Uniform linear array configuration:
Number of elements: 24
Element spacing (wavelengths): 0.5
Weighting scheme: binomial
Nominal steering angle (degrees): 45
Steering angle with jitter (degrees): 43.447
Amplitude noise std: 0.05
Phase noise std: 0.05

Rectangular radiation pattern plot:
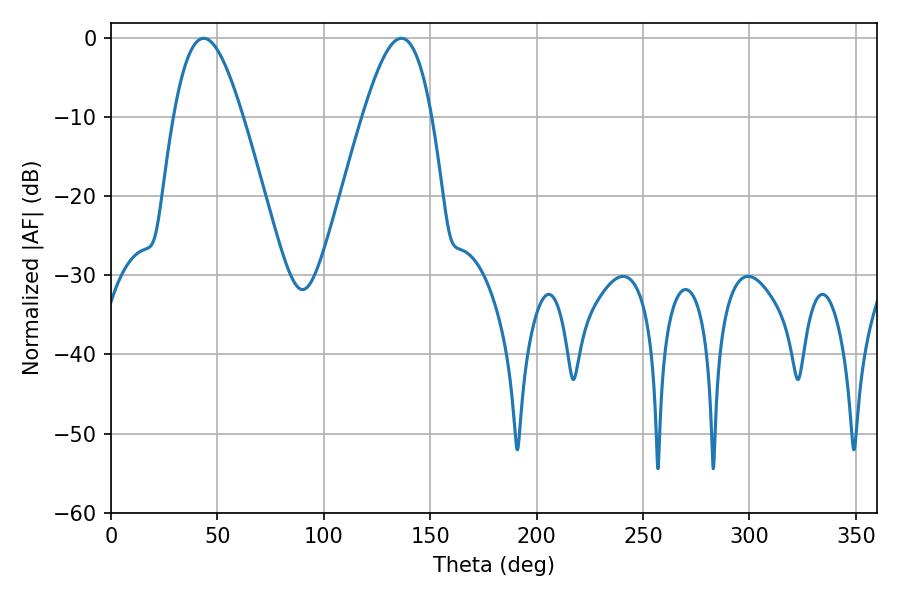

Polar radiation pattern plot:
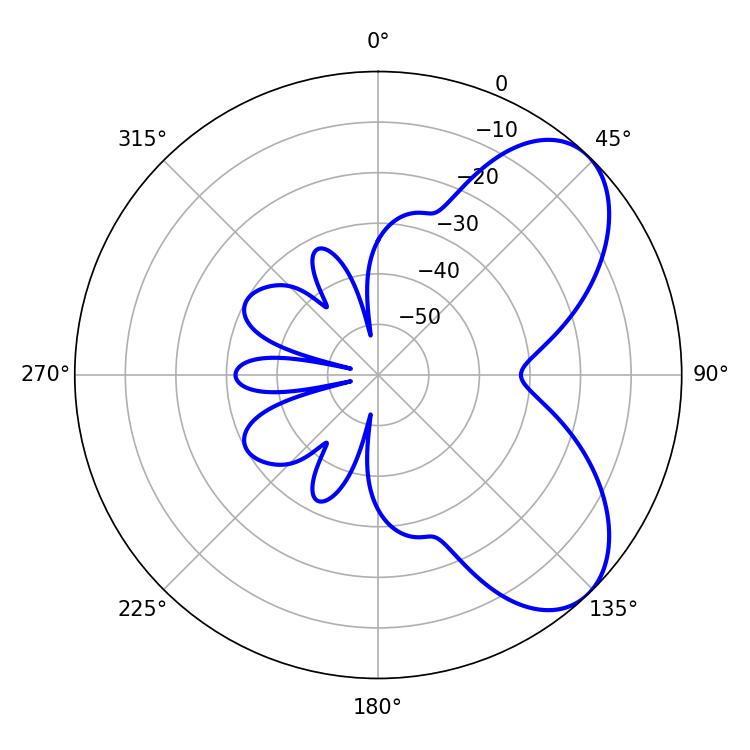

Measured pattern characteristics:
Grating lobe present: FALSE
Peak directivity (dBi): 6.333
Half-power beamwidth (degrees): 17.46
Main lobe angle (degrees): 43.56